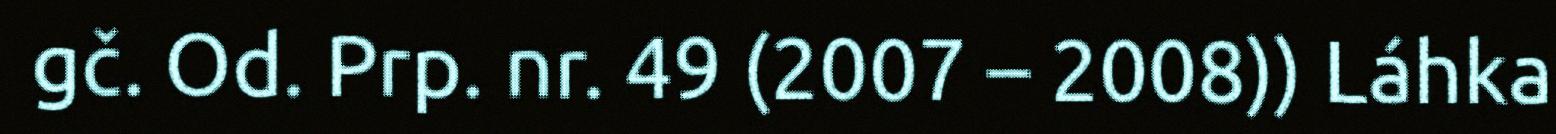
gč. Od. Prp. nr. 49 (2007 – 2008)) Láhka